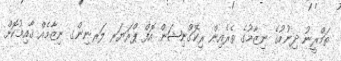
ތަމްރީނު ދިނުމުގެ ނިޒާމުގެ ތެރެއިން ރިކޮގްނިޝަން އޮފް ޕްރަޔަރ ލަރނިންގ ނިޒާމެއް ޤާއިމުކޮށް